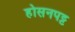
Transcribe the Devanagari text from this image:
होसनपट्ट